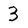
Character: 3